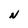
Character: N